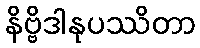
နိဗ္ဗိဒါနုပဿိတာ